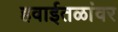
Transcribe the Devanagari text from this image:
हवाईतळांवर